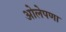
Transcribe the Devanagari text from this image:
ओलेपणा